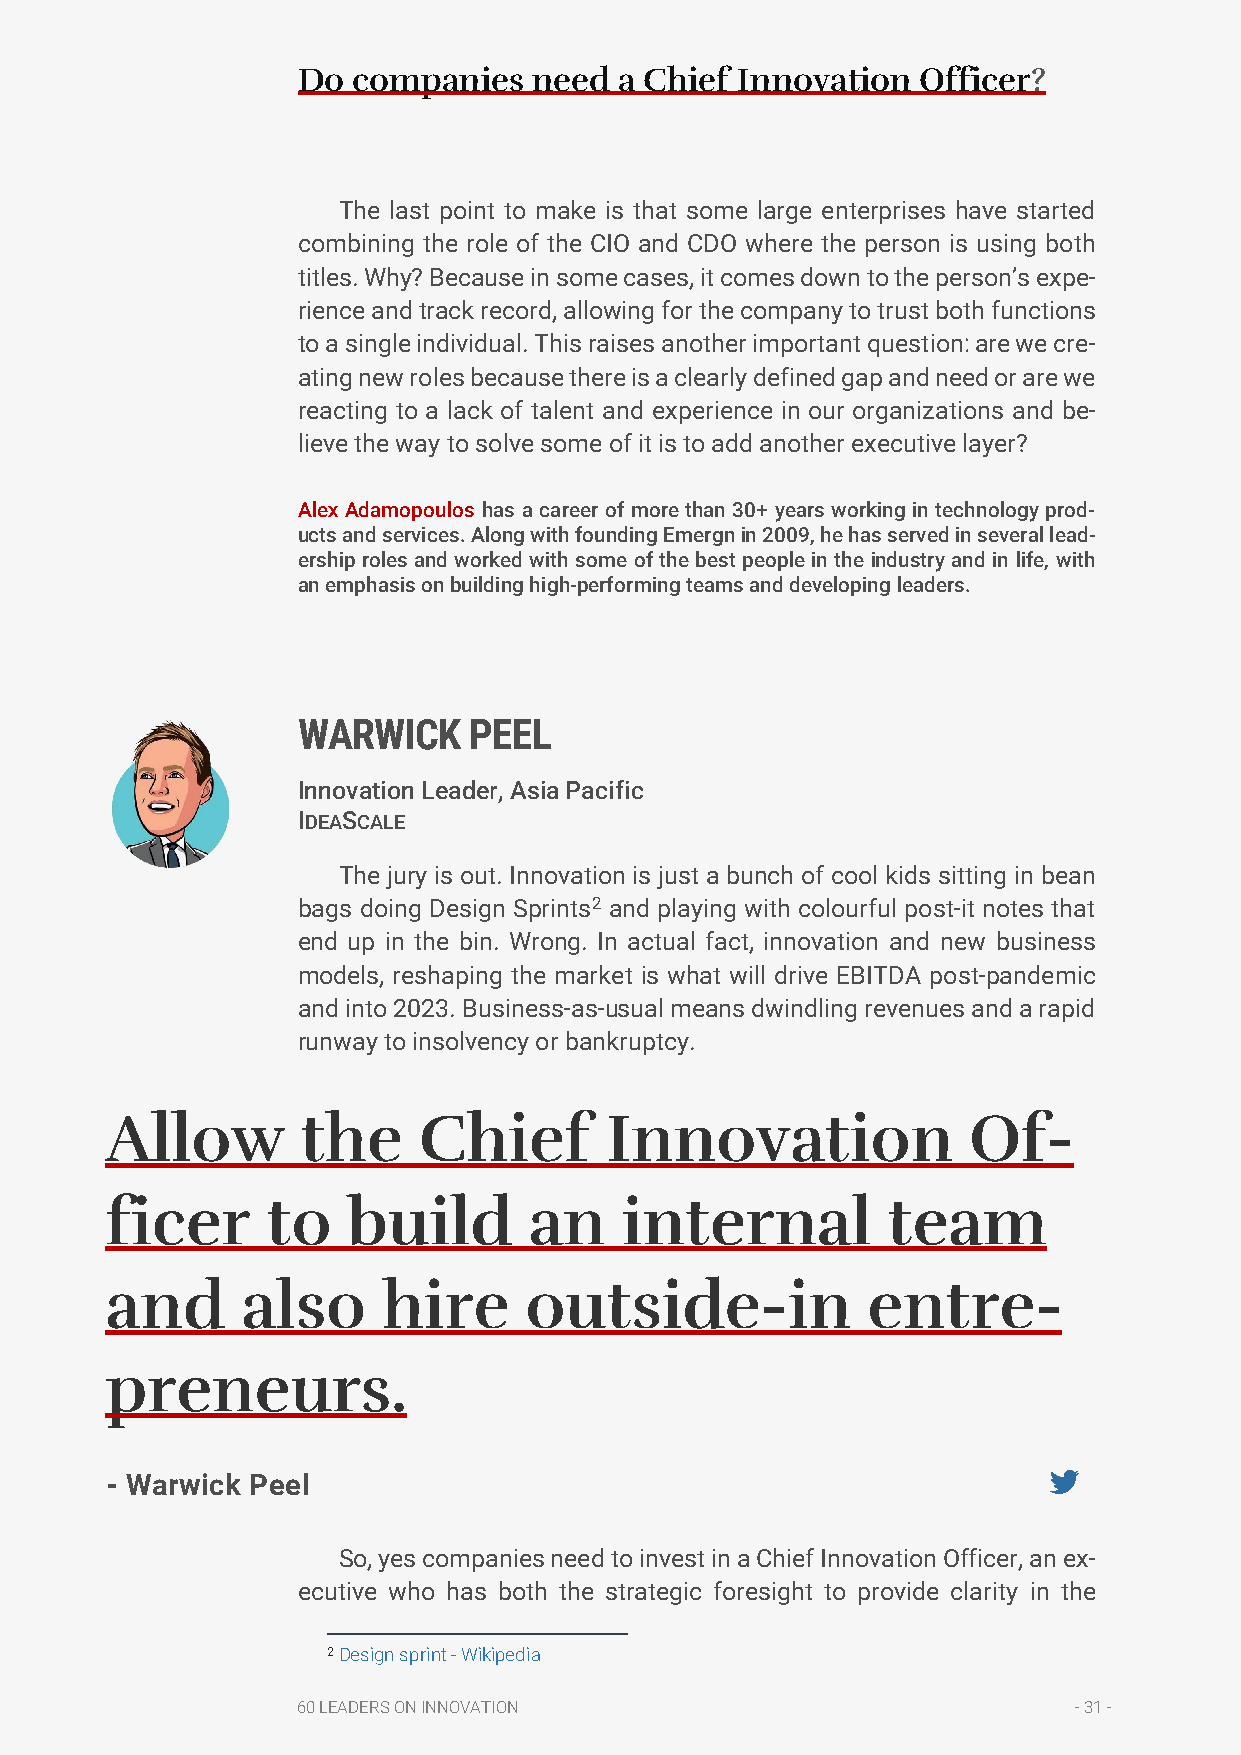
Do companies   need  a Chief Innovation  Officer?
 The last point to make is that some large enterprises have started
 combining the role of the CIO and CDO where the person is using both
 titles. Why? Because in some cases, it comes down to the person’s expe-
 rience and track record, allowing for the company to trust both functions
 to a single individual. This raises another important question: are we cre-
 ating new roles because there is a clearly defined gap and need or are we
 reacting to a lack of talent and experience in our organizations and be-
 lieve the way to solve some of it is to add another executive layer?
 Alex Adamopoulos has a career of more than 30+ years working in technology prod-
 ucts and services. Along with founding Emergn in 2009, he has served in several lead-
 ership roles and worked with some of the best people in the industry and in life, with
 an emphasis on building high-performing teams and developing leaders.
 WARWICK    PEEL
 Innovation Leader, Asia Pacific
 IDEASCALE
 The jury is out. Innovation is just a bunch of cool kids sitting in bean
 bags doing Design Sprints2 and playing with colourful post-it notes that
 end up in the bin. Wrong. In actual fact, innovation and new business
 models, reshaping the market is what will drive EBITDA post-pandemic
 and into 2023. Business-as-usual means dwindling revenues and a rapid
 runway to insolvency or bankruptcy.
 Allow        the     Chief       Innovation              Of-
 ficer      to   build       an    internal          team
 and      also     hire      outside-in            entre-
 preneurs.
 - Warwick Peel
 So, yes companies need to invest in a Chief Innovation Officer, an ex-
 ecutive who has both the strategic foresight to provide clarity in the
 2 Design sprint - Wikipedia
 60 LEADERS ON INNOVATION                           - 31 -